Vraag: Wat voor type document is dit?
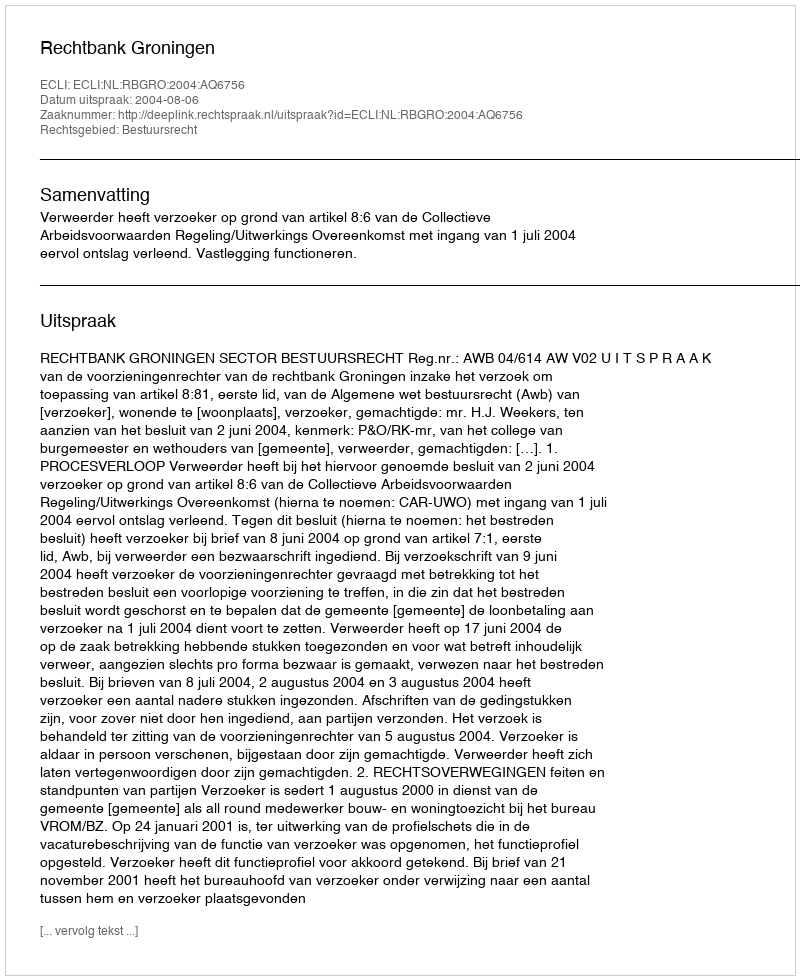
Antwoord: Uitspraak